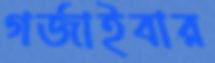
গর্জাইবার